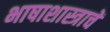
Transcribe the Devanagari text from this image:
भाषाशास्त्राचें